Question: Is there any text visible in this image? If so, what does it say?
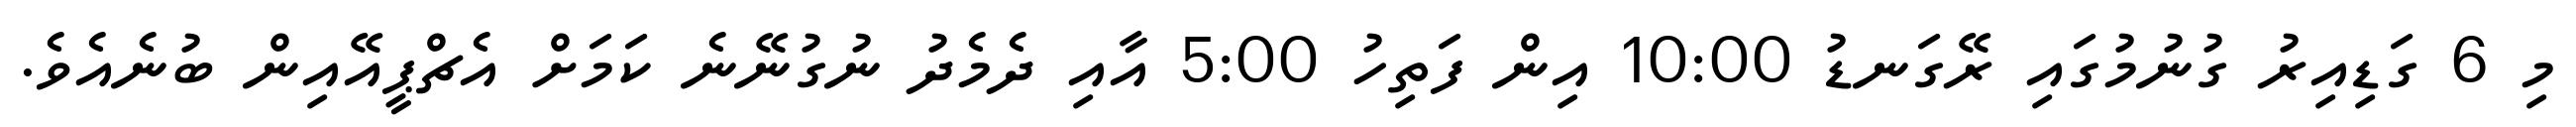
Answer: މި 6 ގަޑިއިރު ގުނުމުގައި ރޭގަނޑު 10:00 އިން ފަތިހު 5:00 އާއި ދެމެދު ނުގުނޭނެ ކަމަށް އެޗްޕީއޭއިން ބުނެއެވެ.